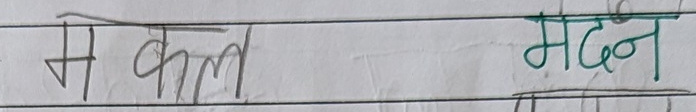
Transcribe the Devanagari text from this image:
म कल मदन